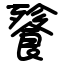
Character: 餮